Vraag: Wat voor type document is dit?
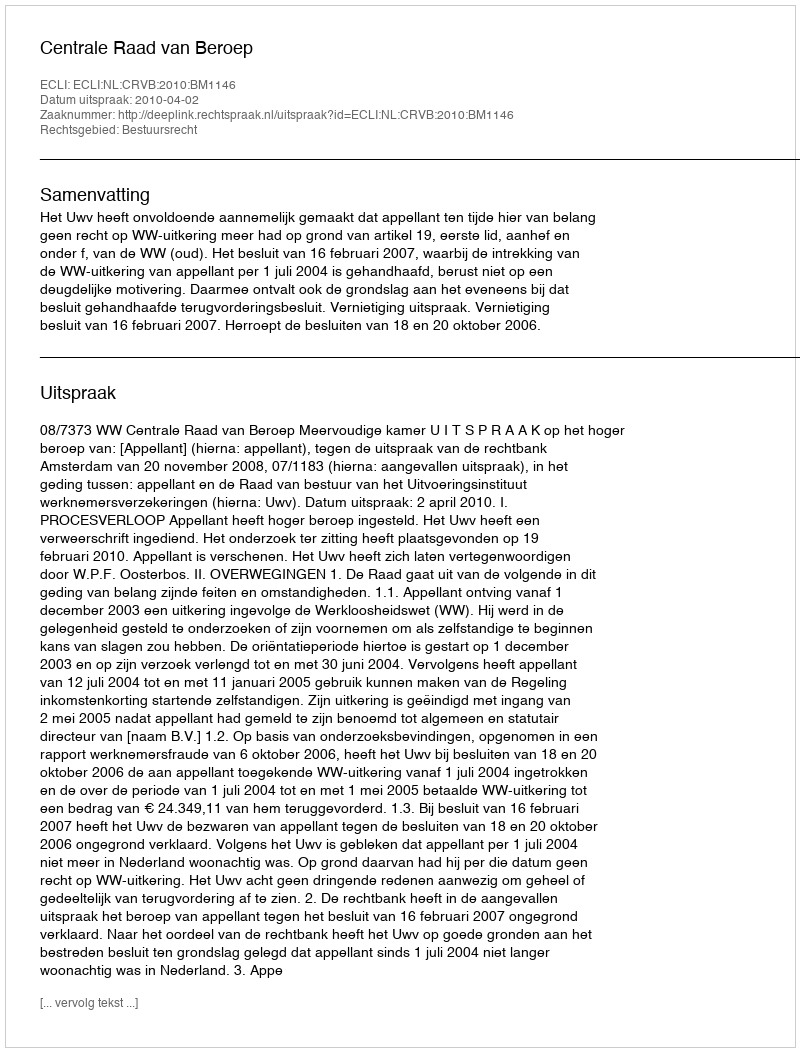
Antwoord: Uitspraak